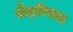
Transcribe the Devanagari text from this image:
मैत्‍रीपाल